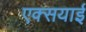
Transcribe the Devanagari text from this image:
एक्सयाई